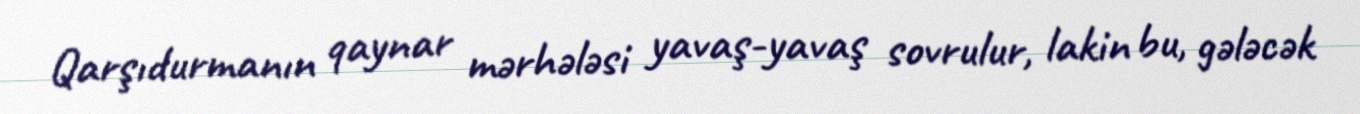
Qarşıdurmanın qaynar mərhələsi yavaş-yavaş sovrulur, lakin bu, gələcək